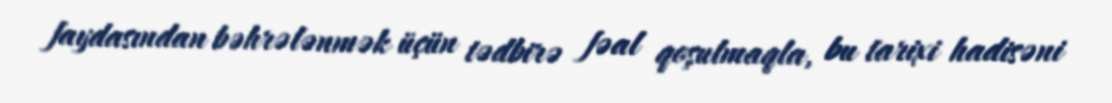
faydasından bəhrələnmək üçün tədbirə fəal qoşulmaqla, bu tarixi hadisəni